Tezpur Lunatic Asylum reports 1877-1894 - 1877-1894
Year: 1877
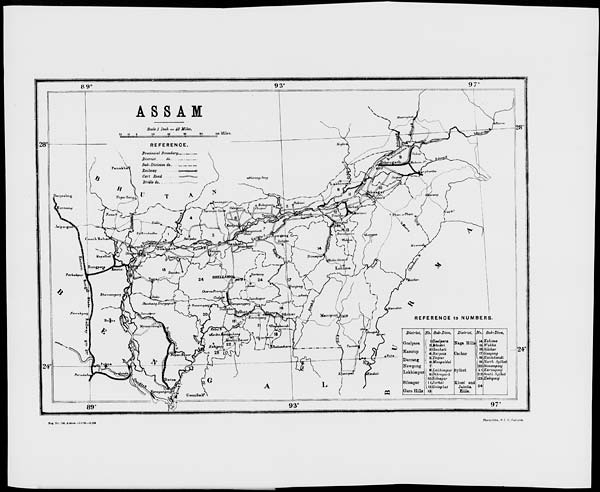
89°
93°
97°
ASSAM
Ymi'miiL
ScaU 1 Inch = 48 MiUs.
20
10
40
I
.
)
t
28°
REFERENCE.
24°
L
Khasi and
Jaiiitia,
Hiiia.
Kohima
Wokha
Silchar
Gunjong
Kadakandi
North Sijlhet
Sunamganj
Karihiyan)
South Syihtt
liabujauj
P - j No. M Una —1 5 NI.I i, „ .
Photo Hcho , « I. O., Calcutta.